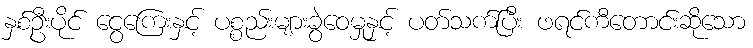
နှစ်ဦးပိုင် ငွေကြေးနှင့် ပစ္စည်းများခွဲဝေမှုနှင့် ပတ်သက်ပြီး ဖရင်ကီတောင်းဆိုသော